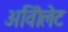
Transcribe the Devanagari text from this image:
अविोलेट